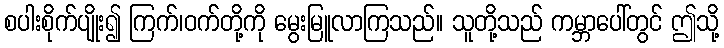
စပါးစိုက်ပျိုး၍ ကြက်၊ဝက်တို့ကို မွေးမြူလာကြသည်။ သူတို့သည် ကမ္ဘာပေါ်တွင် ဤသို့